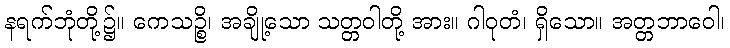
နရက်ဘုံတို့၌။ ကေသဉ္စိ၊ အချို့သော သတ္တဝါတို့ အား။ ဂါဝုတံ၊ ရှိသော။ အတ္တဘာဝေါ၊